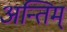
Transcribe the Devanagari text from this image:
अन्तिम्